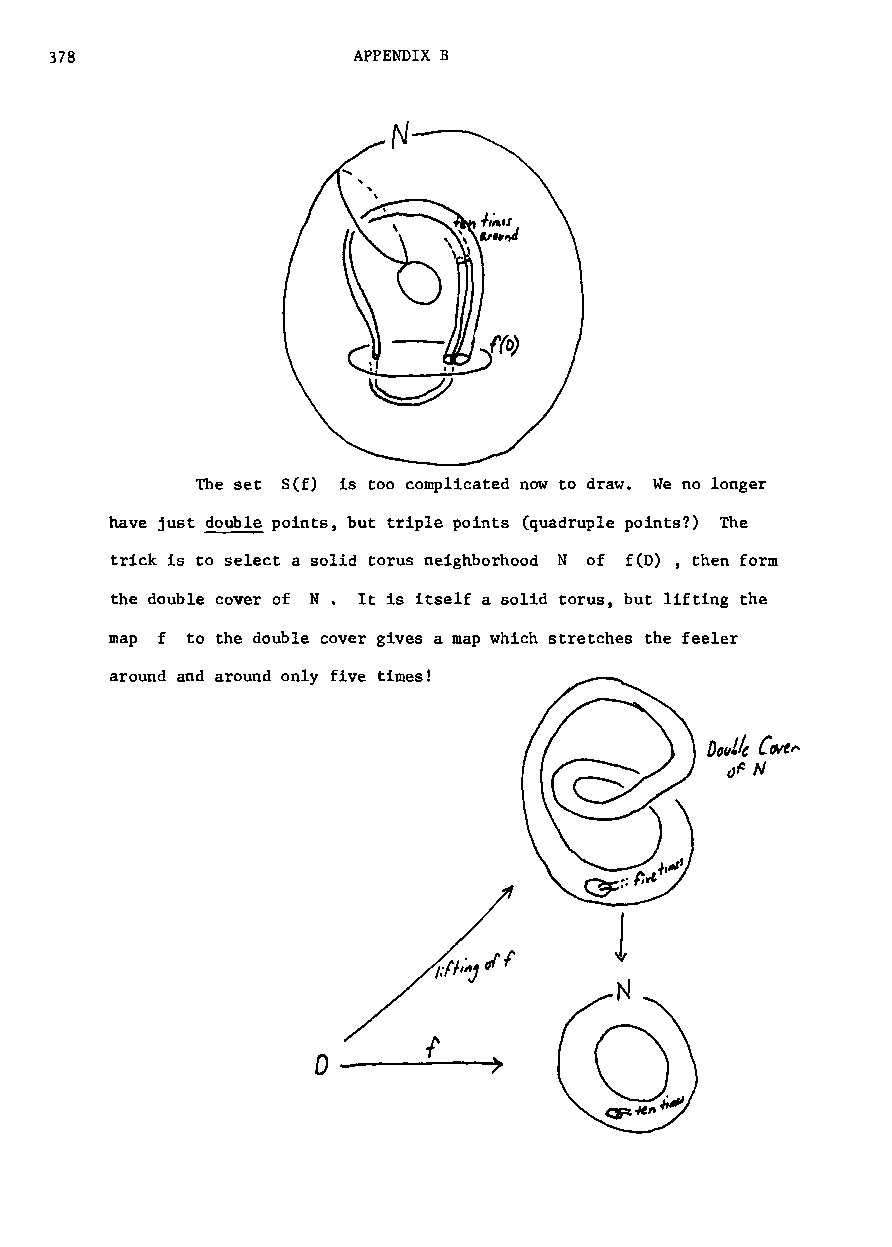
378                 APPENDIX B
 The set S(f) is too complicated now to draw. We no longer
 have just double points but triple points (quadruple points?) The
 t
 trick is to select a solid torus neighborhood N of f(D) , then form
 the double cover of N. It is itself a solid torus but lifting the
 t
 map f to the double cover gives a map which stretches the feeler
 around and around only five times!
 1
 ,.ll,",,;,If
 N
 0           >